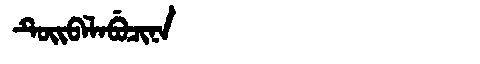
Manchu: ᡨᡠᡳᠪᠠᠯᠠᠪᡠᠴᡳᠨᠠ
Romanization: TUIBALABUCINA